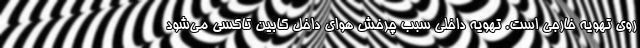
روی تهویه خارجی است. تهویه داخلی سبب چرخش هوای داخل کابین تاکسی می‌شود